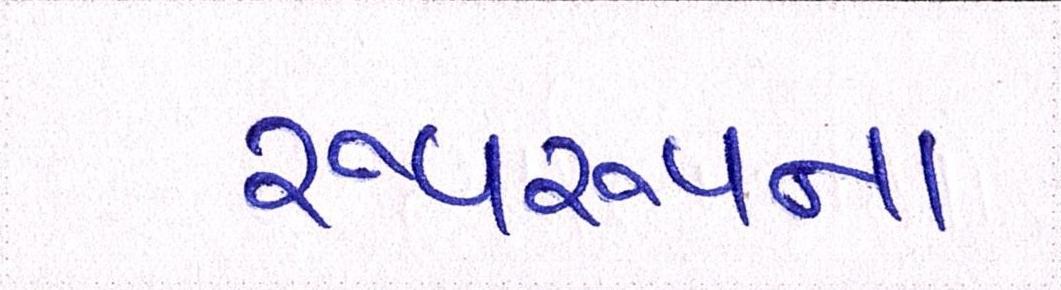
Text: રૂપરૂપના